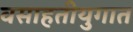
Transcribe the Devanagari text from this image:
वसाहतीयुगात